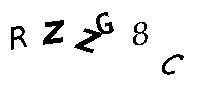
RZZG8C